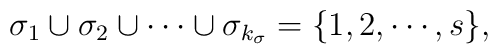
\sigma_1\cup\sigma_2\cup\cdots\cup\sigma_{k_{\sigma}}=\{1,2,\cdots,s\},